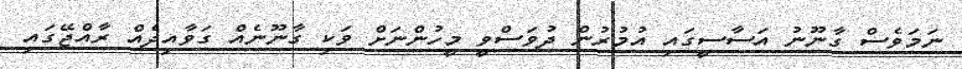
ނަމަވެސް ގާނޫނު އަސާސީގައި އުމުރުން ދުވަސްވީ މީހުންނަށް ވަކި ގާނޫނެއް ގަވާއިދެއް ރާއްޖޭގައި